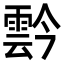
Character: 霒